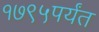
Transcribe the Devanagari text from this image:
१७९५पर्यंत